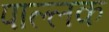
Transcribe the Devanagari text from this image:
पाल्लक